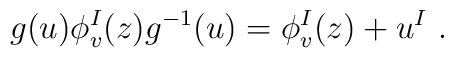
g(u) \phi^I_v (z) g^{-1} (u) =\phi^I_v (z) + u^I ~.